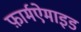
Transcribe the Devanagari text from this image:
फ़ार्मऐमाइड